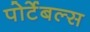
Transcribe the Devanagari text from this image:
पोर्टेबल्स